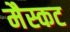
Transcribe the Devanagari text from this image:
मैस्कट